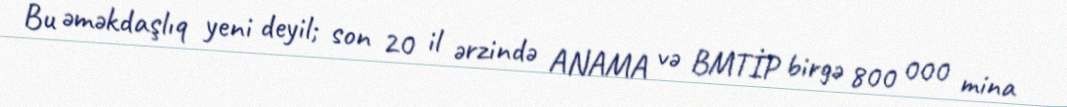
Bu əməkdaşlıq yeni deyil; son 20 il ərzində ANAMA və BMTİP birgə 800 000 mina